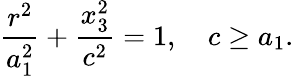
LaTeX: \displaystyle\frac{r^{2}}{a_{1}^{2}}+\frac{x_{3}^{2}}{c^{2}}=1,\quad c\geq a_{1}.